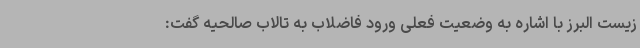
زیست البرز با اشاره به وضعیت فعلی ورود فاضلاب به تالاب صالحیه گفت: